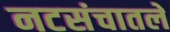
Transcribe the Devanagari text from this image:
नटसंचातले